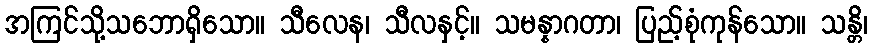
အကြင်သို့သဘောရှိသော။ သီလေန၊ သီလနှင့်။ သမန္နာဂတာ၊ ပြည့်စုံကုန်သော။ သန္တိ၊